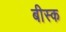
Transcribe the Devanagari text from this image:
बीस्क